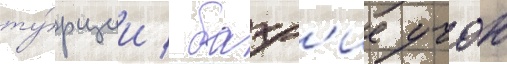
ту́рции / бахр'ие учок